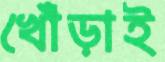
খোঁড়াই